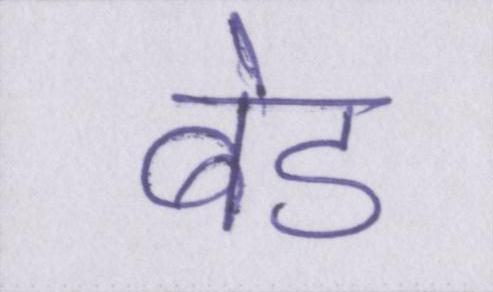
बेड